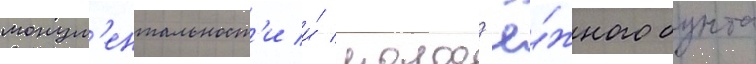
монум'ентальност'и и́ молод'ё́жного бунта